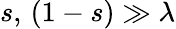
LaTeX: s,\, (1-s)\gg\lambda